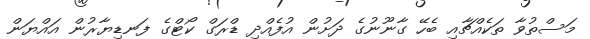
މަސްތުވާ ތަކެއްޗާއި ބެހޭ ގާނޫނުގެ ދަށުން އުފެއްދި ޑްރަގް ކޯޓްގެ ފަނޑިޔާރުން އައްޔަން